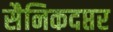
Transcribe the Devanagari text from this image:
सैनिकदप्तर